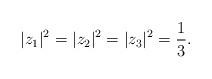
LaTeX: \begin{align*}|z_1|^2=|z_2|^2=|z_3|^2=\frac{1}{3}.\end{align*}